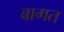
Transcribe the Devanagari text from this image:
बागत